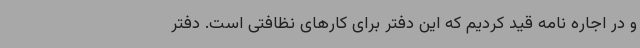
و در اجاره نامه قید کردیم که این دفتر برای کارهای نظافتی است. دفتر